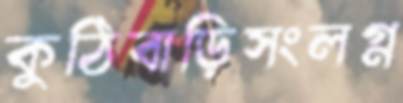
কুঠিবাড়িসংলগ্ন